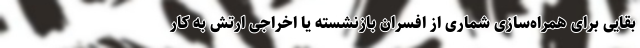
بقایی برای همراه‌سازی شماری از افسران بازنشسته یا اخراجی ارتش به کار